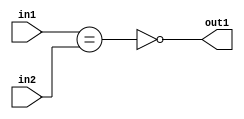
`timescale 1ps / 1ps
/*****************************************************************************
    Verilog RTL Description
    
    
    Created by: Stratus DpOpt 21.05.01 
*******************************************************************************/

module Filter_NotEQ_2Ux2U_1U_1 (
	in2,
	in1,
	out1
	); /* architecture "behavioural" */ 
input [1:0] in2,
	in1;
output  out1;
wire  asc001,
	asc002;

assign asc002 = (in1==in2);

assign asc001 = 
	((~asc002));

assign out1 = asc001;
endmodule

/* CADENCE  ubPwTAg= : u9/ySxbfrwZIxEzHVQQV8Q== ** DO NOT EDIT THIS LINE ******/